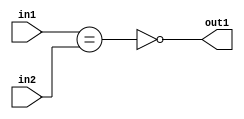
`timescale 1ps / 1ps
/*****************************************************************************
    Verilog RTL Description
    
    
    Created by: Stratus DpOpt 21.05.01 
*******************************************************************************/

module Filter_NotEQ_2Ux2U_1U_1 (
	in2,
	in1,
	out1
	); /* architecture "behavioural" */ 
input [1:0] in2,
	in1;
output  out1;
wire  asc001,
	asc002;

assign asc002 = (in1==in2);

assign asc001 = 
	((~asc002));

assign out1 = asc001;
endmodule

/* CADENCE  ubPwTAg= : u9/ySxbfrwZIxEzHVQQV8Q== ** DO NOT EDIT THIS LINE ******/